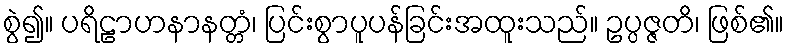
စွဲ၍။ ပရိဠာဟနာနတ္တံ၊ ပြင်းစွာပူပန်ခြင်းအထူးသည်။ ဥပ္ပဇ္ဇတိ၊ ဖြစ်၏။